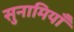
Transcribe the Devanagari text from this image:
सुनामियाँ